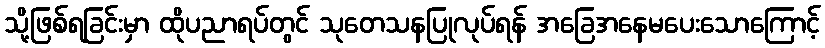
သို့ဖြစ်ရခြင်းမှာ ထိုပညာရပ်တွင် သုတေသနပြုလုပ်ရန် အခြေအနေမပေးသောကြောင့်